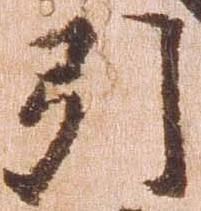
引